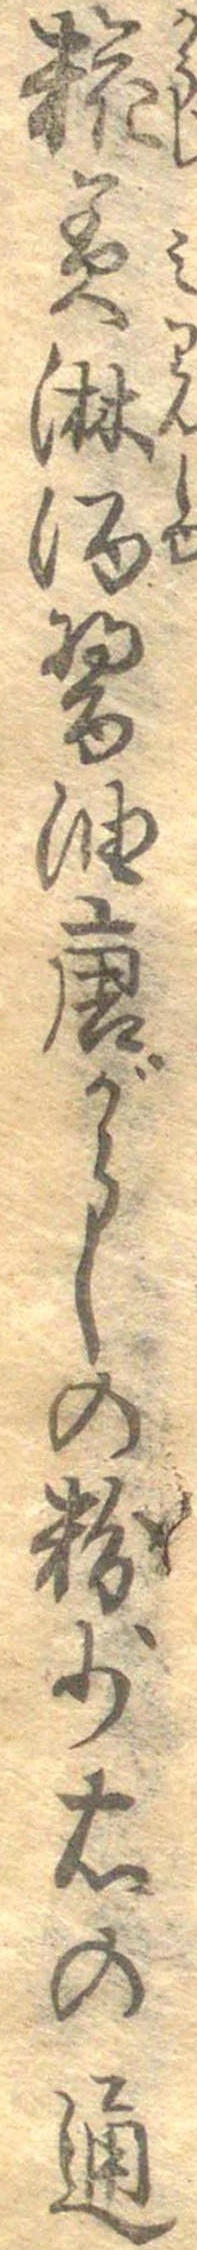
糀美淋酒醤油唐がらしの粉少右の通